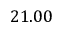
2 1 . 0 0